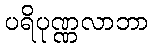
ပရိပုဏ္ဏလာဘာ